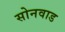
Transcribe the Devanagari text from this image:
सोनवाड